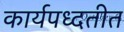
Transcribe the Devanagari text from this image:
कार्यपध्दतीत